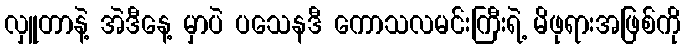
လှူတာနဲ့ အဲဒီနေ့ မှာပဲ ပသေနဒီ ကောသလမင်းကြီးရဲ့ မိဖုရားအဖြစ်ကို